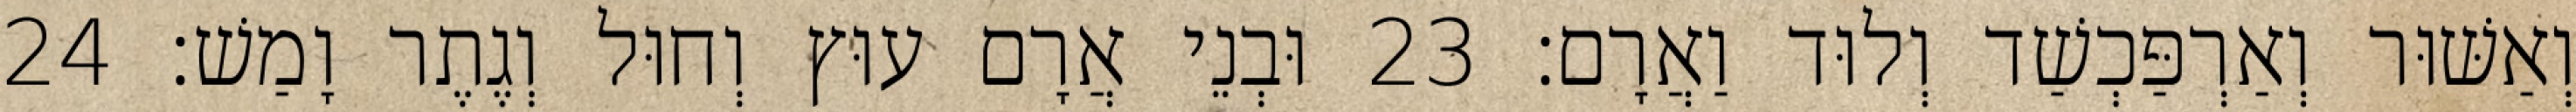
וְאַשּׁוּר וְאַרְפַּכְשַׁד וְלוּד וַאֲרָם׃ 23 וּבְנֵי אֲרָם עוּץ וְחוּל וְגֶתֶר וָמַשׁ׃ 24